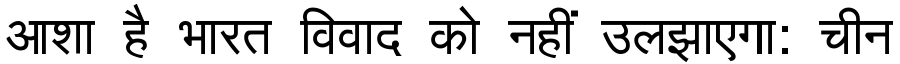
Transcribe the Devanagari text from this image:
आशा है भारत विवाद को नहीं उलझाएगा: चीन